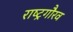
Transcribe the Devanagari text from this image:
राष्‍ट्रगौरव